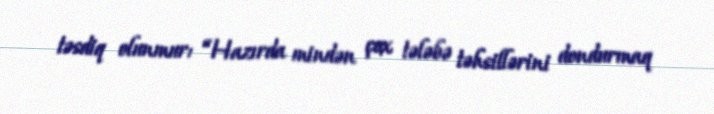
təsdiq olunmur: “Hazırda mindən çox tələbə təhsillərini dondurmaq